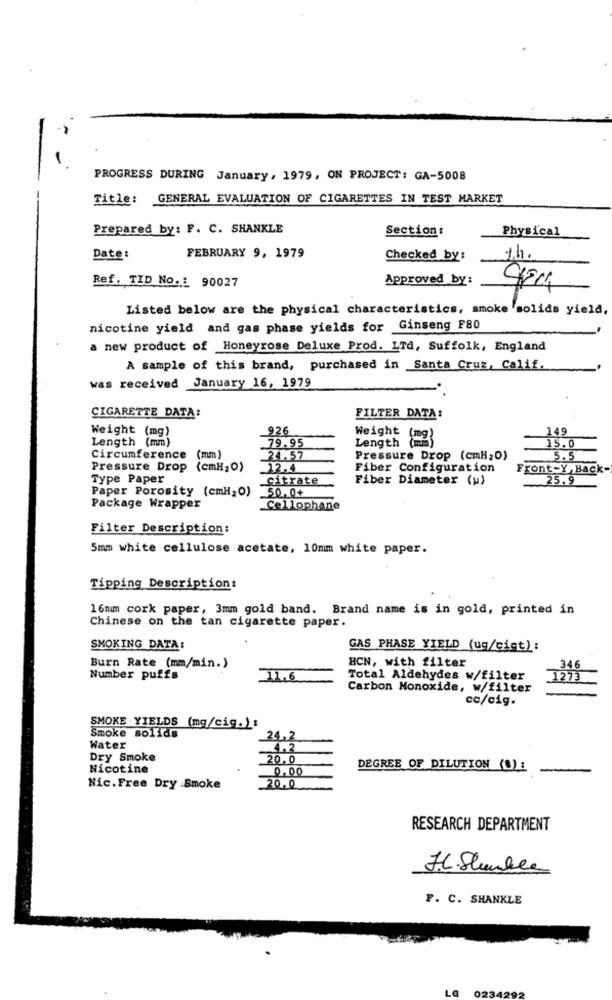
-
PROGRESS DURING January, 1979, ON PROJECT: GA-5008
Title: GENERAL EVALUATION OF CIGARETTES IN TEST MARKET
Prepared by: F. C. SHANKLE
Section:
Physical
Date:
FEBRUARY 9, 1979
Checked by :
14.
Ref. TID No. : 90027
Approved by:
Listed below are the physical characteristics, smoke solids yield,
nicotine yield and gas phase yields for Ginseng F80
a new product of Honeyrose Deluxe Prod. LTd, Suffolk, England
A sample of this brand, purchased in Santa Cruz, Calif,
was received January 16, 1979
CIGARETTE DATA:
FILTER DATA:
Weight (mg)
926
149
Length (mm)
79.95
Length (mm)
Weight (mg)
15.0
Circumference (mm)
24.57
Pressure Drop (cmH2O)
5.5
Pressure Drop {cmH2O)
12.4
Fiber Configuration
Front-Y, Back-
Type Paper
Citrate
Fiber Diameter (u)
25.9
Paper Porosity (cmH20)
50,0+
Package Wrapper
Cellophane
Filter Description:
5mm white cellulose acetate, 10mm white paper.
Tipping Description:
16mm cork paper, 3mm gold band. Brand name is in gold, printed in
Chinese on the tan cigarette paper.
SMOKING DATA:
GAS PHASE YIELD (ug/cist) :
HCN, with filter
Burn Rate (mm/min.)
346
Number puffs
11.6
Total Aldehydes w/filter
1273
Carbon Monoxide, w/filter
cc/cig.
SMOKE . YIELDS (mg/cig. ):
Smoke solids
24.2
Water
4.2
Dry Smoke
20,0
Nicotine
0.00
DEGREE OF DILUTION (8)1
Nic.Free Dry .Smoke
20.0
RESEARCH DEPARTMENT
F. C. SHANKLE
LG 0234292